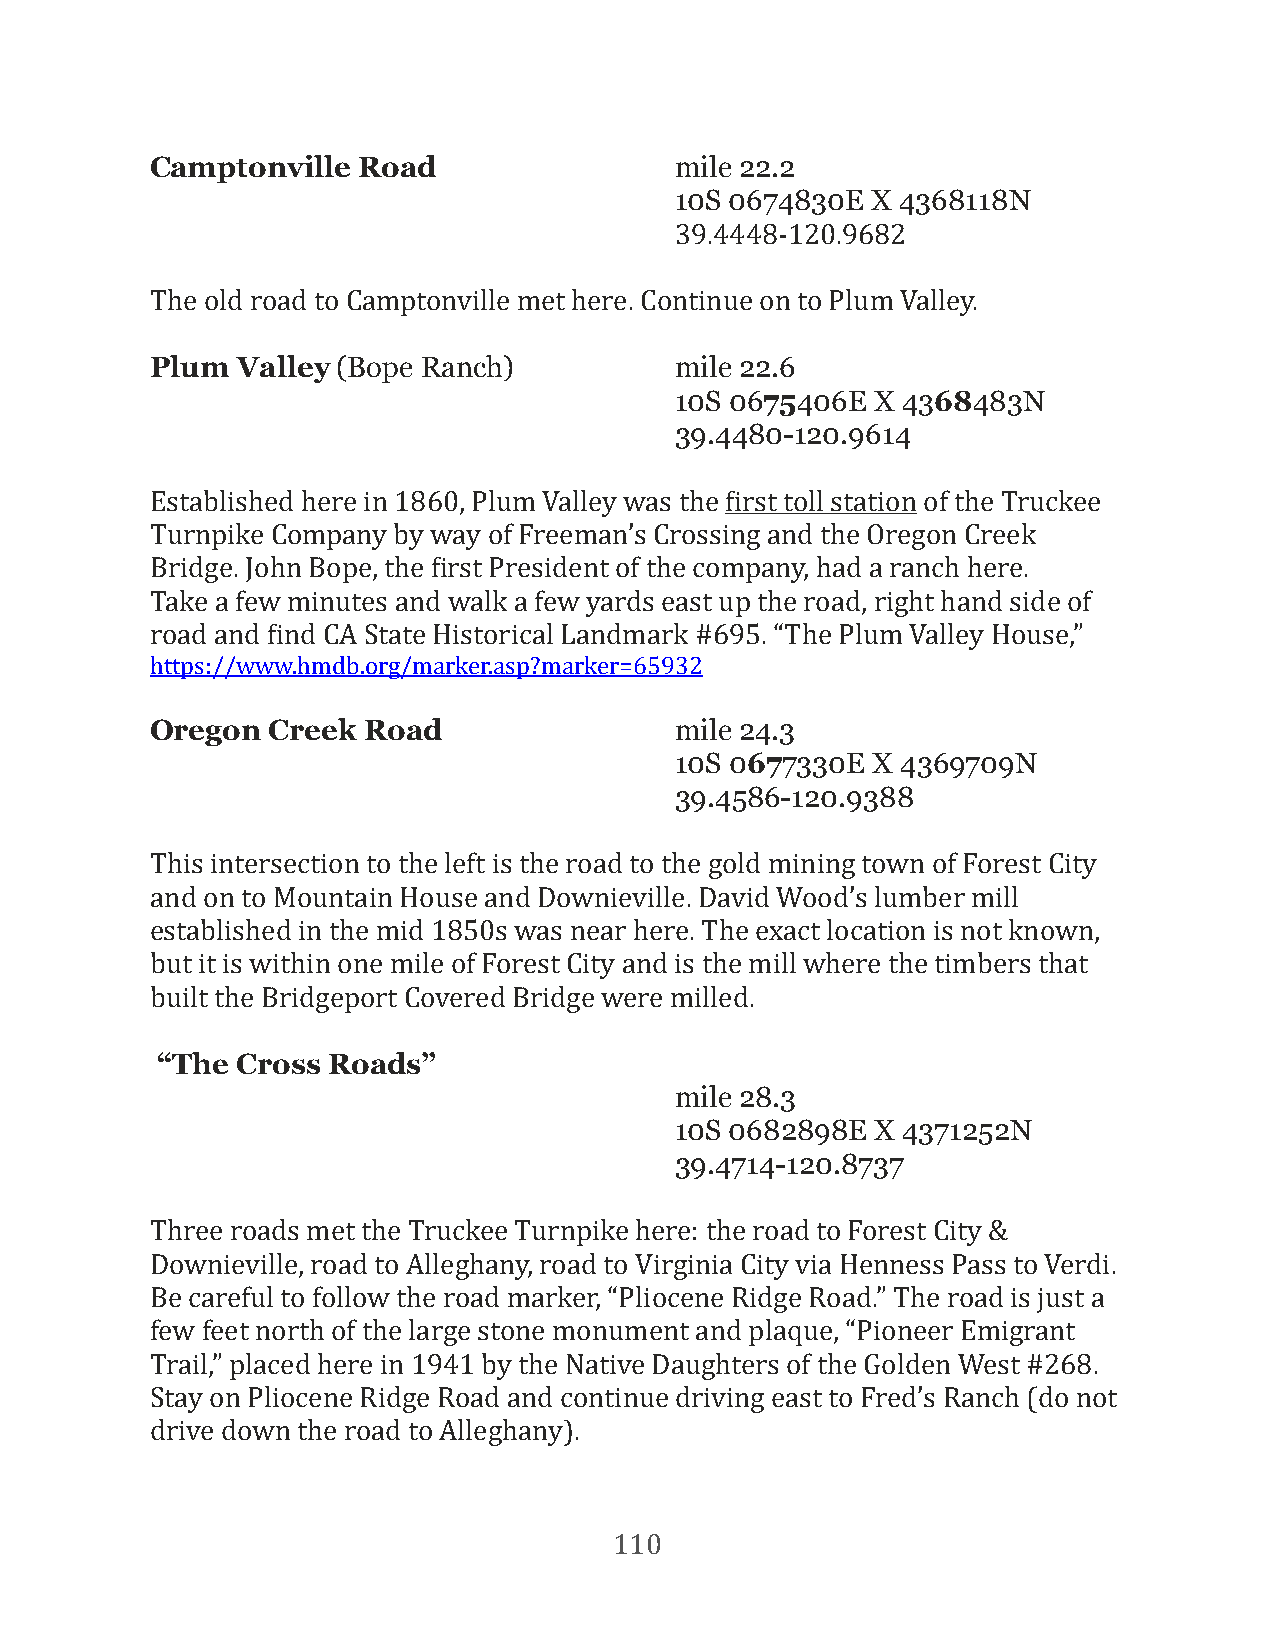
Camptonville  Road                 mile 22.2
 10S 0674830E X 4368118N
 39.4448-120.9682
 The old road to Camptonville met here. Continue on to Plum Valley.
 Plum  Valley (Bope Ranch)          mile 22.6
 10S 0675406E X 4368483N
 39.4480-120.9614
 Established here in 1860, Plum Valley was the First toll station of the Truckee
 Turnpike Company by way of Freeman’s Crossing and the Oregon Creek
 Bridge. John Bope, the First President of the company, had a ranch here.
 Take a few minutes and walk a few yards east up the road, right hand side of
 road and Find CA State Historical Landmark #695. “The Plum Valley House,”
 https://www.hmdb.org/marker.asp?marker=65932
 Oregon  Creek Road                 mile 24.3
 10S 0677330E X 4369709N
 39.4586-120.9388
 This intersection to the left is the road to the gold mining town of Forest City
 and on to Mountain House and Downieville. David Wood’s lumber mill
 established in the mid 1850s was near here. The exact location is not known,
 but it is within one mile of Forest City and is the mill where the timbers that
 built the Bridgeport Covered Bridge were milled.
 “The  Cross Roads”
 mile 28.3
 10S 0682898E X 4371252N
 39.4714-120.8737
 Three roads met the Truckee Turnpike here: the road to Forest City &
 Downieville, road to Alleghany, road to Virginia City via Henness Pass to Verdi.
 Be careful to follow the road marker, “Pliocene Ridge Road.” The road is just a
 few feet north of the large stone monument and plaque, “Pioneer Emigrant
 Trail,” placed here in 1941 by the Native Daughters of the Golden West #268.
 Stay on Pliocene Ridge Road and continue driving east to Fred’s Ranch (do not
 drive down the road to Alleghany).
 110